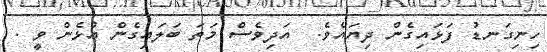
ހިނިގަނޑު ފަޅައިގެން ދިޔައެވެ.  އަދިވެސް މަތަ ބަލައިގެން އުޅެން ވީ .